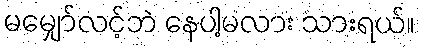
မမျှော်လင့်ဘဲ နေပါ့မလား သားရယ်။